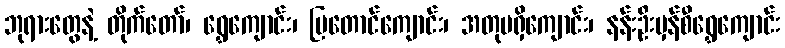
ဘုရားတွေနဲ့ တိုက်တော်၊ ရွှေကျောင်း၊ မြတောင်ကျောင်း၊ အတုမရှိကျောင်း၊ နန်းဦးမှန်စီရွှေကျောင်း